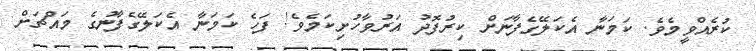
ކުރެއްވީމެވެ. ކަމަނާ އެކަލޭގެފާނަށް ކިރުފޮދު އަރުވާހުށިކަމެވެ! ފަހެ ކަމަނާ އެކަލޭގެފާނުގެ މައްޗަށް